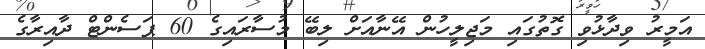
އަމީރު ވިދާޅުވި ގޮތުގައި މަޖިލީހުން އޭނާއަށް ލިބޭ މުސާރައިގެ 60 ޕަސެންޓް ދާއިރާގެ